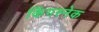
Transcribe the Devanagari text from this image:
किंगस्नेक